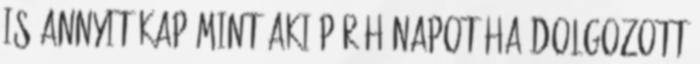
is annyit kap mint aki pár hónapot ha dolgozott